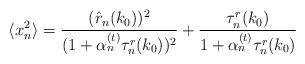
LaTeX: \begin{align*}\langle x_n^2\rangle=\frac{(\hat{r}_n(k_0))^2}{(1+\alpha_n^{(t)}\tau_n^r(k_0))^2}+\frac{\tau_n^r(k_0)}{1+\alpha_n^{(t)}\tau_n^r(k_0)}\end{align*}